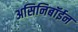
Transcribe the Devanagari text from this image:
असिनिबॉईन